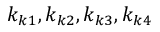
k _ { k 1 } , k _ { k 2 } , k _ { k 3 } , k _ { k 4 }